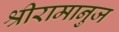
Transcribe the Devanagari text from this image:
श्रीरामानुज